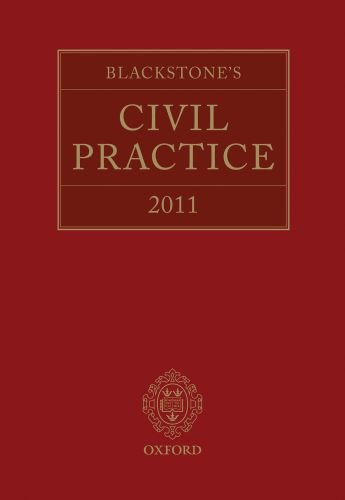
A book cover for Blackstone's Civil Practice 2011; Stuart Sime; Law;